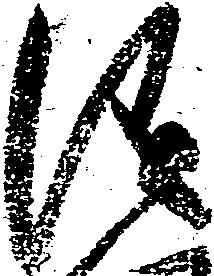
儀